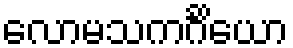
လောမသကင်္ဂိယော